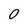
Character: 0